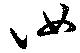
汝